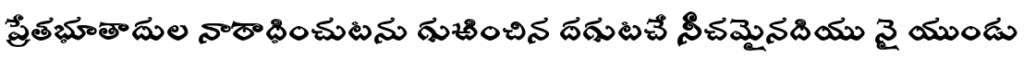
ప్రేతభూతాదుల నారాధించుటను గుఱించిన దగుటచే నీచమైనదియు నై యుండు